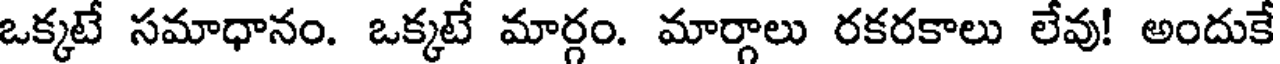
ఒక్కటే సమాధానం. ఒక్కటే మార్గం. మార్గాలు రకరకాలు లేవు! అందుకే